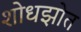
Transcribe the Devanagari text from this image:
शोधझोत